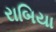
રાબિયા